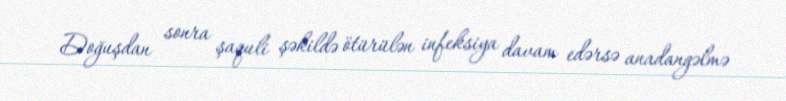
Doğuşdan sonra şaquli şəkildə ötürülən infeksiya davam edərsə anadangəlmə